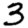
Digit: 3